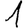
Digit: 1